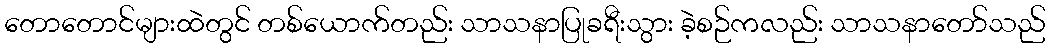
တောတောင်များထဲတွင် တစ်ယောက်တည်း သာသနာပြုခရီးသွား ခဲ့စဉ်ကလည်း သာသနာတော်သည်